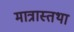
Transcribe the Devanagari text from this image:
मात्रास्तथा